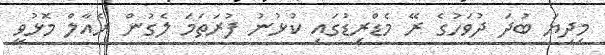
މިދިޔަ ބުދަ ދުވަހުގެ ރޭ މެޑްރިޑުގައި ކުޅުނު ފުރަތަމަ ލެގުން ރެއާލް މޮޅުވީ